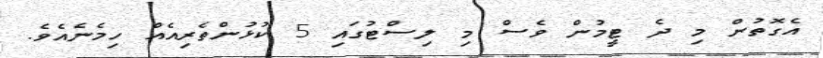
އެގޮތުން މި ދެ ޓީމުން ވެސް މި ލިސްޓުގައި 5 ކުޅުންތެރިއެއް ހިމެނެއެވެ.